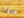
سيد